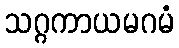
သဂ္ဂကာယမဂမံ